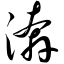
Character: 漭